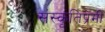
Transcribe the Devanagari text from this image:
संस्कृतिप्रेमी